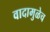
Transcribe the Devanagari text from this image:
वादामुळेच